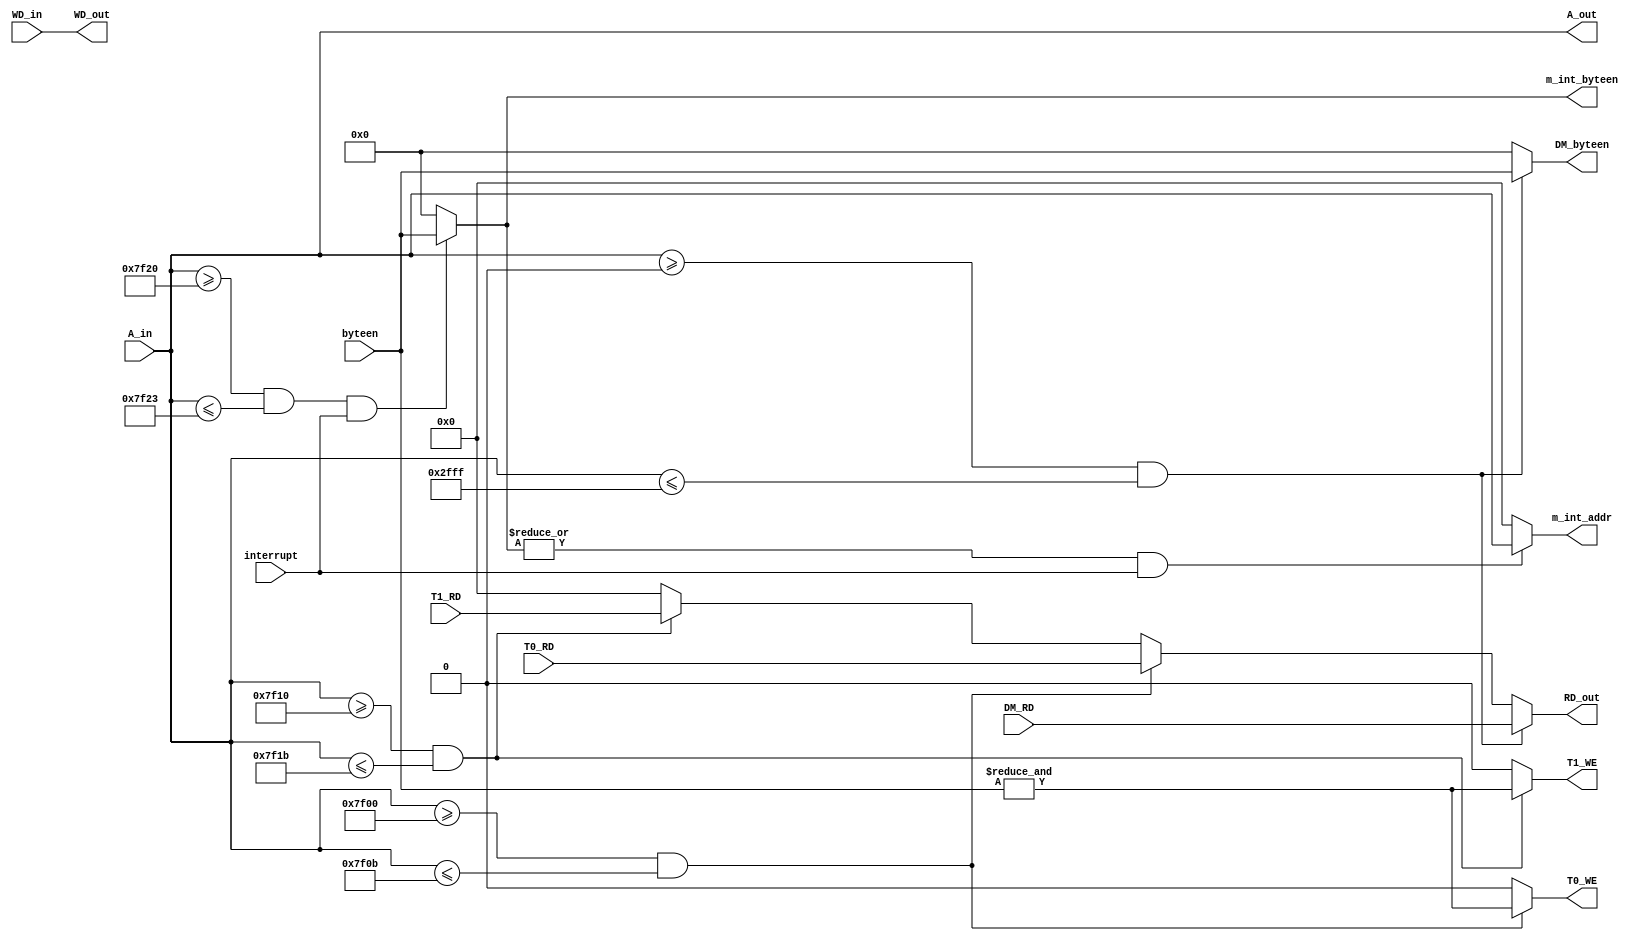
module Bridge (
    //input
    input [31:0] A_in, //
    input [31:0] WD_in, //
    input [3:0] byteen, //
    input [31:0] DM_RD, //DM
    input [31:0] T0_RD, //T0
    input [31:0] T1_RD, //T1
	 input interrupt,
    //output
	 output [31:0] RD_out,//
    output [31:0] A_out, //
    output [31:0] WD_out, //
    output [3:0] DM_byteen, //DM
    output T0_WE, //T0
    output T1_WE, //T1
    output [31:0] m_int_addr, //
    output [3:0] m_int_byteen //
);

assign A_out = A_in;
assign WD_out = WD_in;
assign DM_byteen = (A_in >= 32'h0000_0000 && A_in <= 32'h0000_2fff) ? byteen : 4'b0000;
assign T0_WE = (A_in >= 32'h0000_7f00 && A_in <= 32'h0000_7f0b) ? (&byteen) : 1'b0;
assign T1_WE = (A_in >= 32'h0000_7f10 && A_in <= 32'h0000_7f1b) ? (&byteen) : 1'b0; 
assign m_int_addr = ((|m_int_byteen)&&interrupt) ? A_in : 32'h0000_0000;
assign m_int_byteen = ((A_in >= 32'h0000_7f20 && A_in <= 32'h0000_7f23)&&interrupt) ? byteen : 4'b0000;
assign RD_out = (A_in >= 32'h0000_0000 && A_in <= 32'h0000_2fff) ? DM_RD :
                (A_in >= 32'h0000_7f00 && A_in <= 32'h0000_7f0b) ? T0_RD :
					 (A_in >= 32'h0000_7f10 && A_in <= 32'h0000_7f1b) ? T1_RD :
					 32'h0000_0000;
endmodule